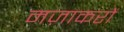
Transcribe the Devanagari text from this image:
मज़ाकरों